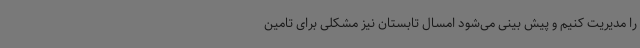
را مدیریت کنیم و پیش بینی می‌شود امسال تابستان نیز مشکلی برای تامین